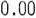
0.00